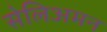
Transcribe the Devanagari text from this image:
सेलिअमन